Indian journal of veterinary science and animal husbandry - Volumes 24-25, 1954-1955
Year: 1954
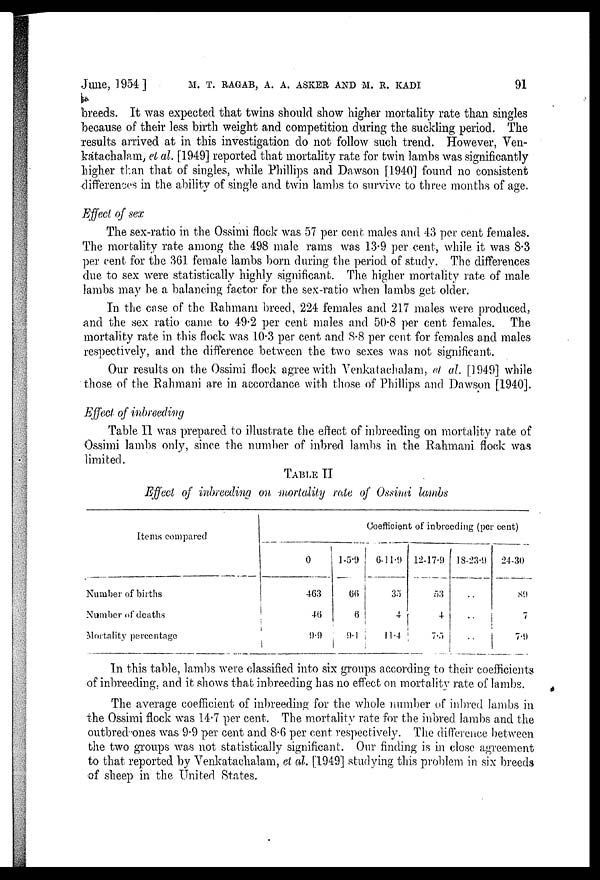
June, 1954] M. T. RAGAB, A. A. ASKER AND M. R. KADI 91
breeds. It was expected that twins should show higher mortality rate than singles
because of their less birth weight and competition during the suckling period. The
results arrived at in this investigation do not follow such trend. However, Ven-
katachalam, et al. [1949] reported that mortality rate for twin lambs was significantly
higher than that of singles, while Phillips and Dawson [1940] found no consistent
differences in the ability of single and twin lambs to survive to three months of age.
Effect of sex
The sex-ratio in the Ossimi flock was 57 per cent males and 43 per cent females.
The mortality rate among the 498 male rams was 13.9 per cent, while it was 8.3
per cent for the 361 female lambs born during the period of study. The differences
due to sex were statistically highly significant. The higher mortality rate of male
lambs may be a balancing factor for the sex-ratio when lambs get older.
In the case of the Rahmam breed, 224 females and 217 males were produced,
and the sex ratio came to 49.2 per cent males and 50.8 per cent females. The
mortality rate in this flock was 10.3 per cent and 8.8 per cent for females and males
respectively, and the difference between the two sexes was not significant.
Our results on the Ossimi flock agree with Venkatachalam, et al. [1949] while
those of the Rahmani are in accordance with those of Phillips and Dawson [1940].
Effect of inbreeding
Table II was prepared to illustrate the effect of inbreeding on mortality rate of
Ossimi lambs only, since the number of inbred lambs in the Rahmani flock was
limited.
TABLE II
Effect of inbreeding on mortality rate of Ossimi lambs
Items compared
Number of births
Number of deaths
Mortality percentage
Coefficient of inbreeding (per cent)
0
463
46
9.9
1-5-9
66
6
9.1
6-11-9
35
4
11.4
12-17-9
53
4
7.5
18-23-9
..
..
..
24-30
89
7
7.9
In this table, lambs were classified into six groups according to their coefficients
of inbreeding, and it shows that inbreeding has no effect on mortality rate of lambs.
The average coefficient of inbreeding for the whole number of inbred lambs in
the Ossimi flock was 14.7 per cent. The mortality rate for the inbred lambs and the
outbred ones was 9.9 per cent and 8.6 per cent respectively. The difference between
the two groups was not statistically significant. Our finding is in close agreement
to that reported by Venkatachalam, et al. [1949] studying this problem in six breeds
of sheep in the United States.